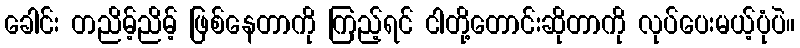
ခေါင်း တညိမ့်ညိမ့် ဖြစ်နေတာကို ကြည့်ရင် ငါတို့တောင်းဆိုတာကို လုပ်ပေးမယ့်ပုံပဲ။